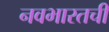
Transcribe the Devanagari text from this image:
नवभारतची